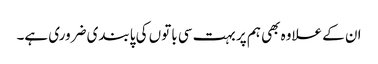
ان کے علاوہ بھی ہم پر بہت سی باتوں کی پابندی ضروری ہے۔